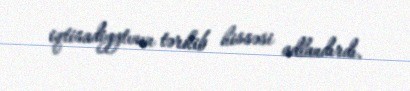
iqtisadiyytının tərkib hissəsi adlandırdı.